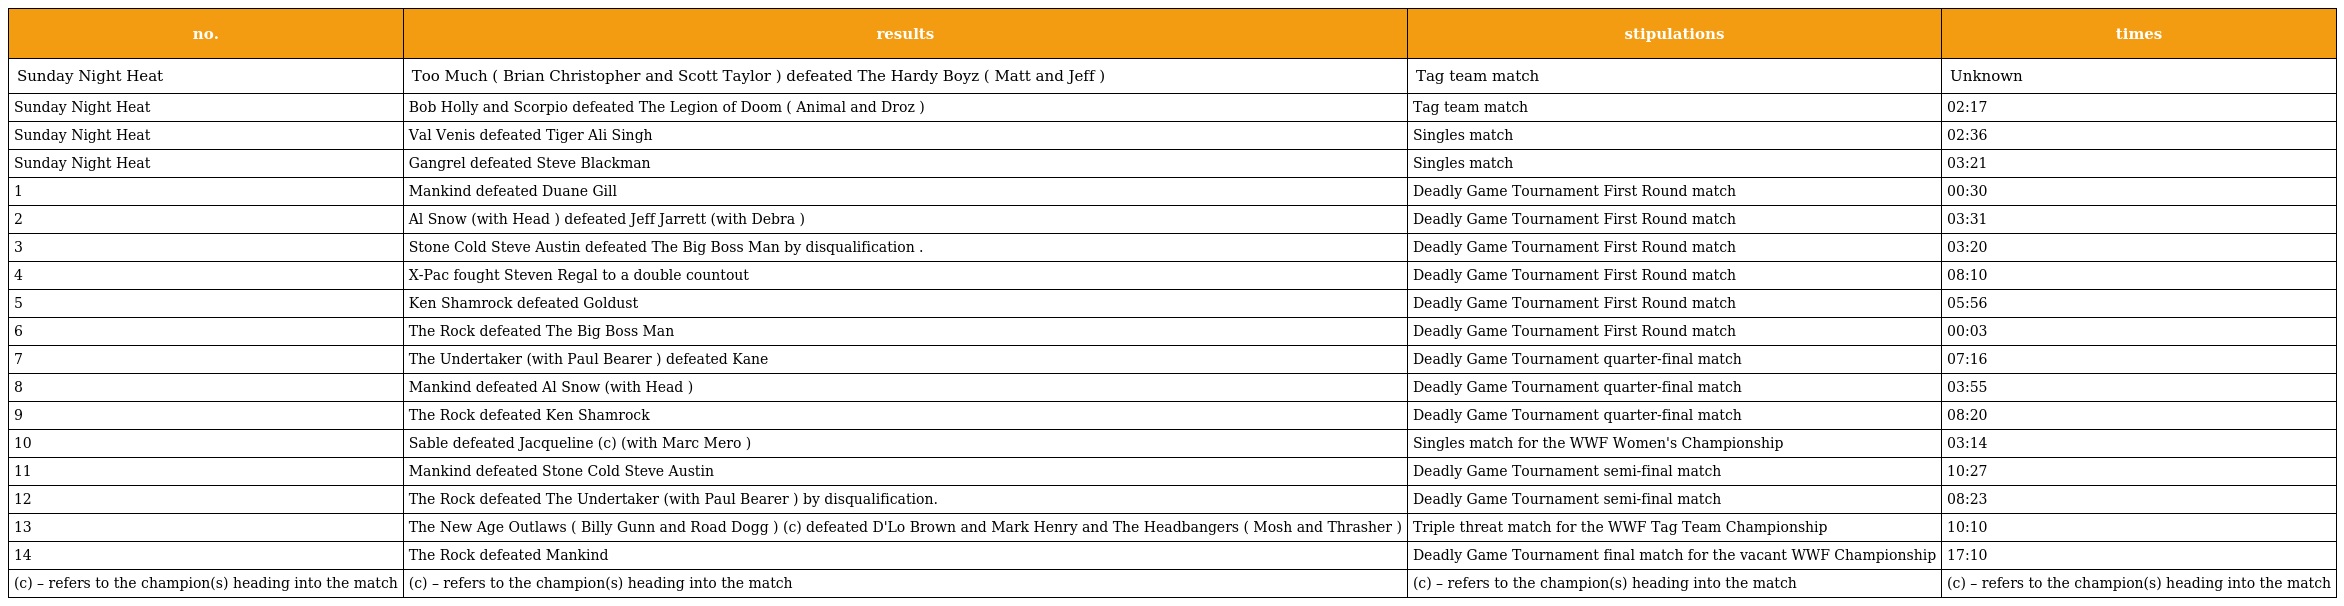
| no. | results | stipulations | times |
 | --- | --- | --- | --- |
 | Sunday Night Heat | Too Much ( Brian Christopher and Scott Taylor ) defeated The Hardy Boyz ( Matt and Jeff ) | Tag team match | Unknown |
 | Sunday Night Heat | Bob Holly and Scorpio defeated The Legion of Doom ( Animal and Droz ) | Tag team match | 02:17 |
 | Sunday Night Heat | Val Venis defeated Tiger Ali Singh | Singles match | 02:36 |
 | Sunday Night Heat | Gangrel defeated Steve Blackman | Singles match | 03:21 |
 | 1 | Mankind defeated Duane Gill | Deadly Game Tournament First Round match | 00:30 |
 | 2 | Al Snow (with Head ) defeated Jeff Jarrett (with Debra ) | Deadly Game Tournament First Round match | 03:31 |
 | 3 | Stone Cold Steve Austin defeated The Big Boss Man by disqualification . | Deadly Game Tournament First Round match | 03:20 |
 | 4 | X-Pac fought Steven Regal to a double countout | Deadly Game Tournament First Round match | 08:10 |
 | 5 | Ken Shamrock defeated Goldust | Deadly Game Tournament First Round match | 05:56 |
 | 6 | The Rock defeated The Big Boss Man | Deadly Game Tournament First Round match | 00:03 |
 | 7 | The Undertaker (with Paul Bearer ) defeated Kane | Deadly Game Tournament quarter-final match | 07:16 |
 | 8 | Mankind defeated Al Snow (with Head ) | Deadly Game Tournament quarter-final match | 03:55 |
 | 9 | The Rock defeated Ken Shamrock | Deadly Game Tournament quarter-final match | 08:20 |
 | 10 | Sable defeated Jacqueline (c) (with Marc Mero ) | Singles match for the WWF Women's Championship | 03:14 |
 | 11 | Mankind defeated Stone Cold Steve Austin | Deadly Game Tournament semi-final match | 10:27 |
 | 12 | The Rock defeated The Undertaker (with Paul Bearer ) by disqualification. | Deadly Game Tournament semi-final match | 08:23 |
 | 13 | The New Age Outlaws ( Billy Gunn and Road Dogg ) (c) defeated D'Lo Brown and Mark Henry and The Headbangers ( Mosh and Thrasher ) | Triple threat match for the WWF Tag Team Championship | 10:10 |
 | 14 | The Rock defeated Mankind | Deadly Game Tournament final match for the vacant WWF Championship | 17:10 |
 | (c) – refers to the champion(s) heading into the match | (c) – refers to the champion(s) heading into the match | (c) – refers to the champion(s) heading into the match | (c) – refers to the champion(s) heading into the match |